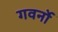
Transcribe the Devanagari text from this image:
गवर्नो